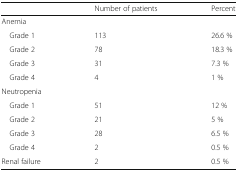
<table><thead><tr><td></td><td><b>Number of patients</b></td><td><b>Percent</b></td></tr></thead><tbody><tr><td colspan="3">Anemia</td></tr><tr><td> Grade 1</td><td>113</td><td>26.6 %</td></tr><tr><td> Grade 2</td><td>78</td><td>18.3 %</td></tr><tr><td> Grade 3</td><td>31</td><td>7.3 %</td></tr><tr><td> Grade 4</td><td>4</td><td>1 %</td></tr><tr><td colspan="3">Neutropenia</td></tr><tr><td> Grade 1</td><td>51</td><td>12 %</td></tr><tr><td> Grade 2</td><td>21</td><td>5 %</td></tr><tr><td> Grade 3</td><td>28</td><td>6.5 %</td></tr><tr><td> Grade 4</td><td>2</td><td>0.5 %</td></tr><tr><td>Renal failure</td><td>2</td><td>0.5 %</td></tr></tbody></table>